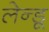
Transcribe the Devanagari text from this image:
लेन्डू